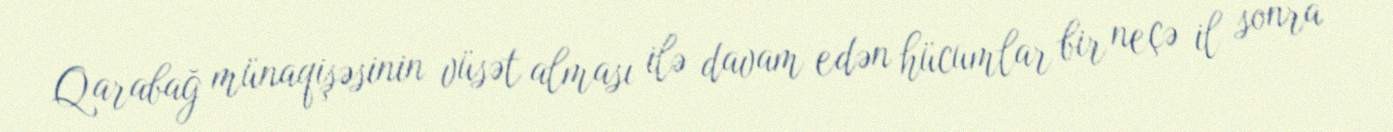
Qarabağ münaqişəsinin vüsət alması ilə davam edən hücumlar bir neçə il sonra